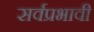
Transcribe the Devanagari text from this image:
सर्वप्रभावी